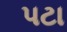
પટા